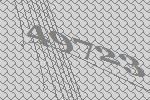
49723